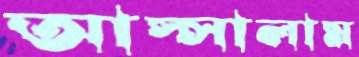
আস্সালাম